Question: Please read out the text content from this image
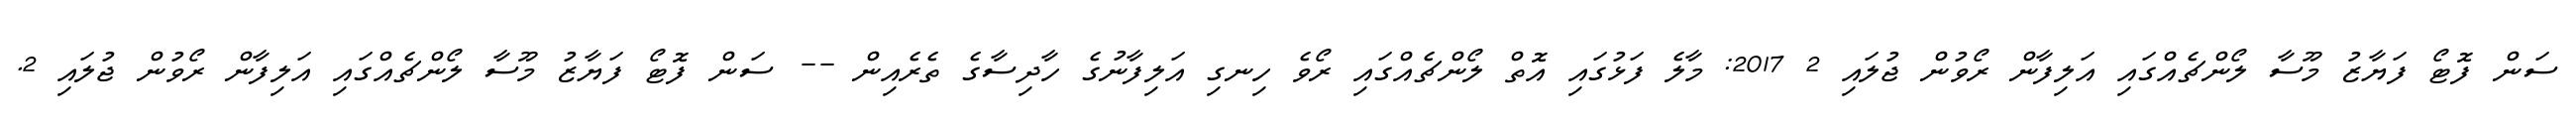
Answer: ސަން ފޮޓޯ ފަޔާޒު މޫސާ ލޯންޗެއްގައި އަލިފާން ރޯވުން ޖުލައި 2 2017: މާލެ ފަޅުގައި އޮތް ލޯންޗެއްގައި ރޯވެ ހިނގި އަލިފާނުގެ ހާދިސާގެ ތެރެއިން -- ސަން ފޮޓޯ ފަޔާޒު މޫސާ ލޯންޗެއްގައި އަލިފާން ރޯވުން ޖުލައި 2.